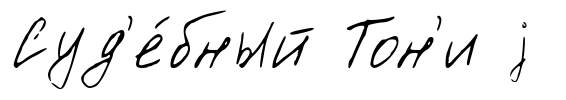
Суд'е́бный Тон'и j